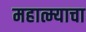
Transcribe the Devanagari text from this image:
महात्म्याचा